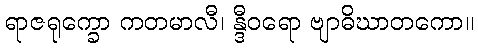
ရာဇရုက္ခော ကတမာလီ၊ န္ဒီဝရော ဗျာဓိဃာတကော။